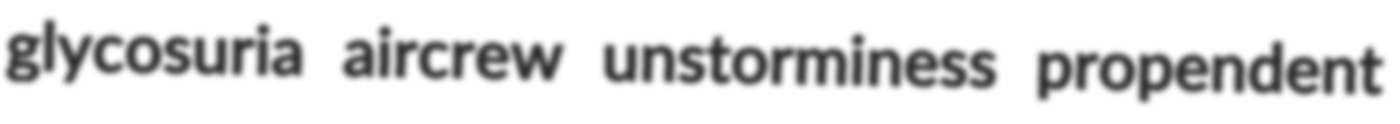
glycosuria aircrew unstorminess propendent